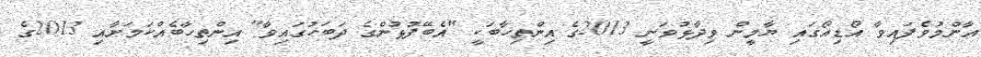
އާންމުވެފައިވާ އޯޑިއޯގައި ޔާމީން ވިދާޅުވަނީ 2013ގެ އިންތިހާބަކީ "އެބޭފުޅުންގެ ދަބަހުގައިވާ" އިންތިހާބެއްކަމަށާއި 2013ގެ